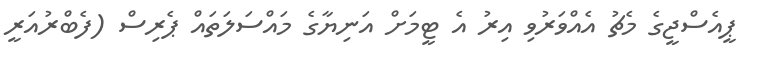
ޕީއެސްޖީގެ މެޗު އެއްވަރުވި އިރު އެ ޓީމަށް އަނިޔާގެ މައްސަަލަތައް ޕެރިސް (ފެބްރުއަރީ